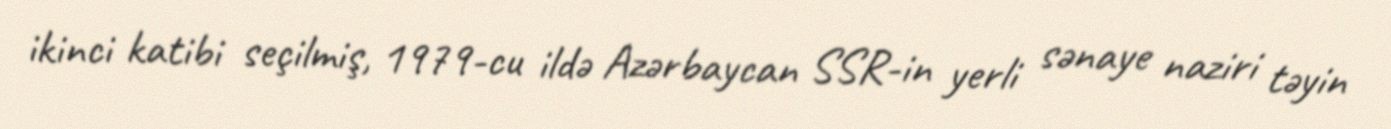
ikinci katibi seçilmiş, 1979-cu ildə Azərbaycan SSR-in yerli sənaye naziri təyin